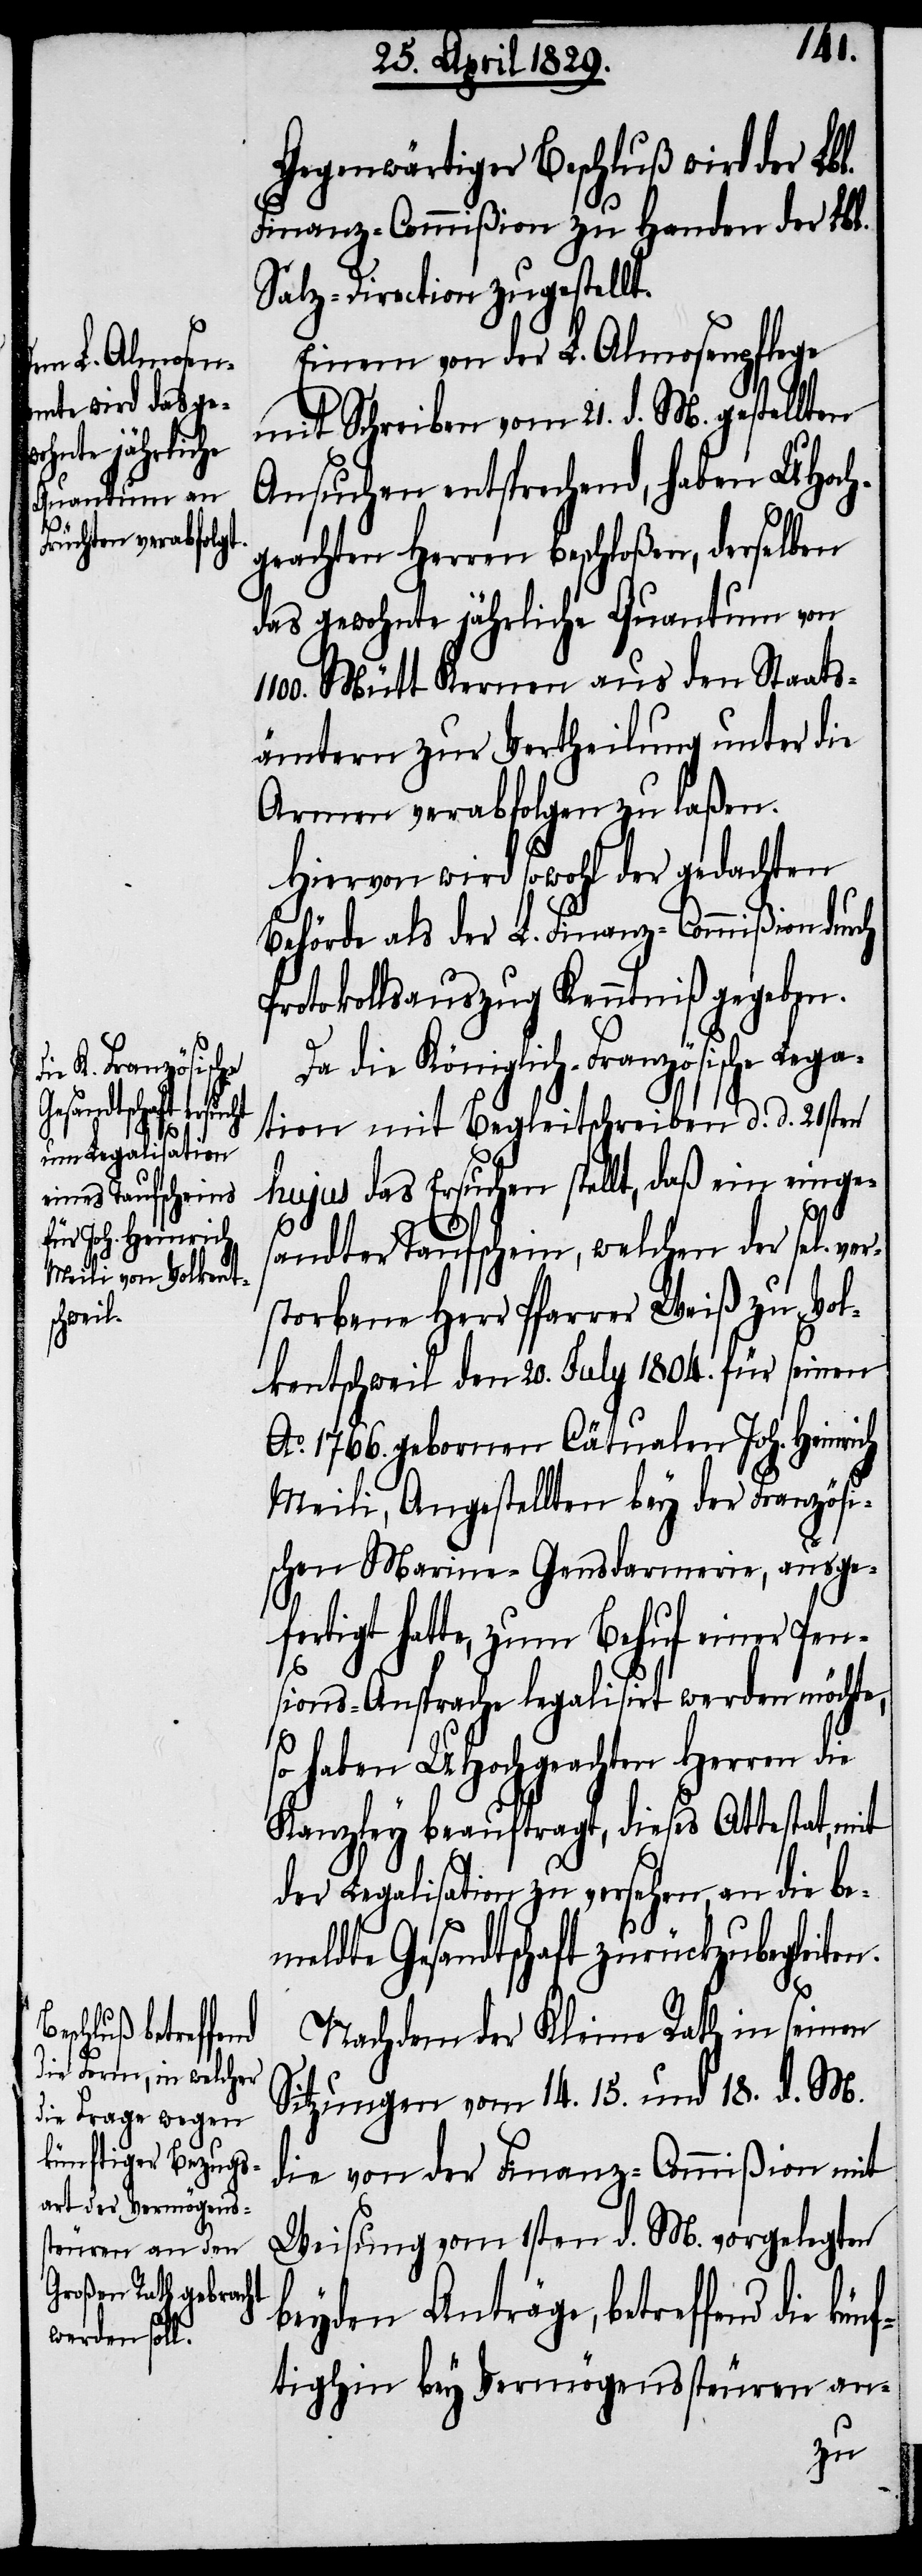
n.

Gegenwärtiger Beschluß wird der Lbl.
Finanz-Commißion zu Handen der Lbl.
Salz-Direction zugestellt.
Einem von der L. Almosenpflege
mit Schreiben vom 21. d. M. gestellten
Ansuchen entsprechend, haben UHoch¬
geachten Herren beschloßen, derselben
das gewohnte jährliche Quantum von
Mütt Kernen aus den Staats¬
ämtern zur Vertheilung unter die
Armen verabfolgen zu laßen.
Hiervon wird sowohl der gedachten
Behörde als der L. Finanz-Commißion durch
Protokollsauszug Kenntniß gegeben.
Da die Königlich-Französische Lega¬
tion mit Begleitschreiben d. d. 21sten
hujus das Ersuchen stellt, daß ein einge¬
sandter Taufschein, welchen der sel. ver¬
storbene Herr Pfarrer Weiß zu Vol¬
kentschweil den 20. July 1804. für seinen
Ao. 1766. gebornen Cätualen Joh. Heinrich
Meili, Angestellten bey der Französi¬
schen Marine-Gensdarmerie, ausge¬
fertigt hatte, zum Behuf einer Pen¬
1100.
sions-Ansprache legalisirt werden möchte,
so haben UHochgeachten Herren die
Kanzley beauftragt, dieses Attestat, mit
der Legalisation zu versehen, an die be¬
meldte Gesandtschaft zurückzubegleite¬
Nachdem der Kleine Rath in seinen
Sitzungen vom 14.[,] 15. und 18. d. M.
die von der Finanz-Commißion mit
Weisung vom 1sten d. M. vorgelegten
beyden Anträge, betreffend die kün¬
ftighin bey Vermögenssteuren an-